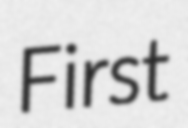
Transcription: First